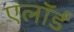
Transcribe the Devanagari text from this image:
एलॉर्ड